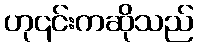
ဟု၎င်းကဆိုသည်